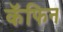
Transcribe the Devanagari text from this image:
कॅफिन